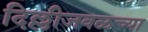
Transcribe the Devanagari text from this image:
दिल्लीजवळच्या